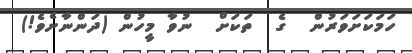
ހަމަކަށަވަރުން  ގެ  ތަކަށް  ނުވާ މީހުން (ދަންނާށެވެ!)